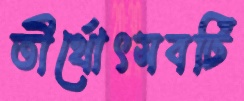
তীর্থোৎসবটি